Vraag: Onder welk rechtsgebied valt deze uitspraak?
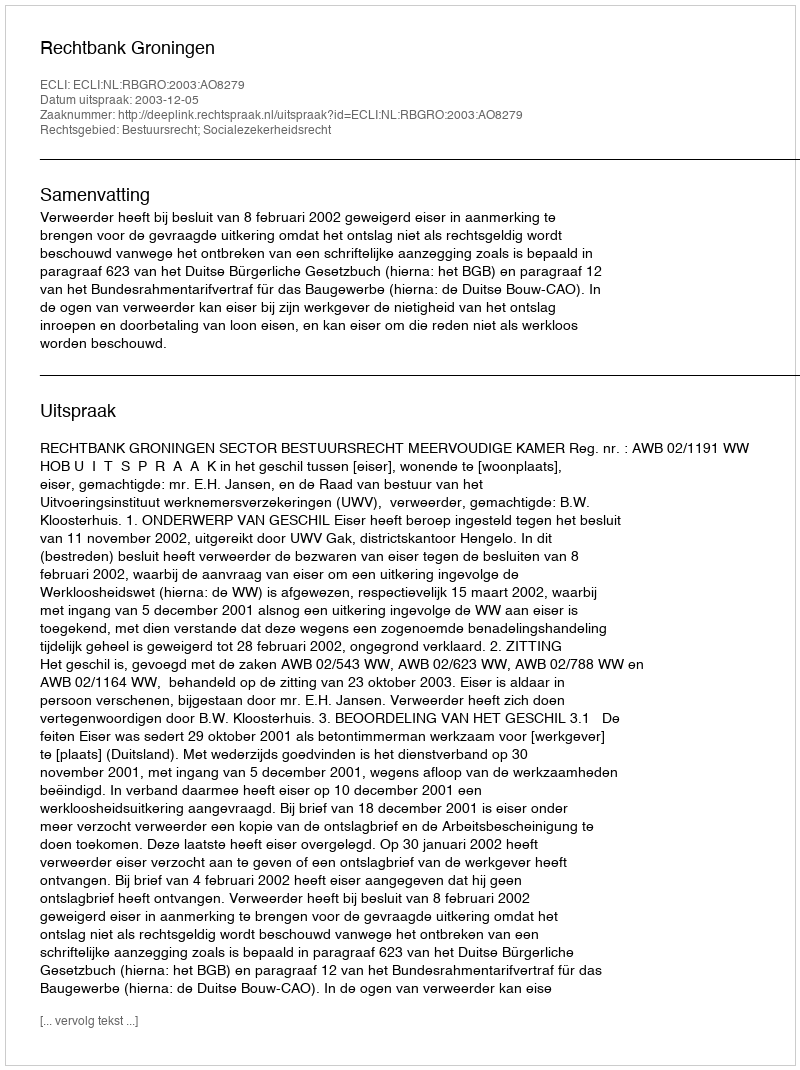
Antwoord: Bestuursrecht; Socialezekerheidsrecht